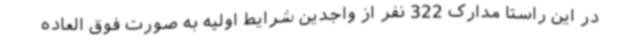
در این راستا مدارک 322 نفر از واجدین شرایط اولیه به صورت فوق العاده